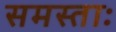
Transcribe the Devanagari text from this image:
समस्ताः